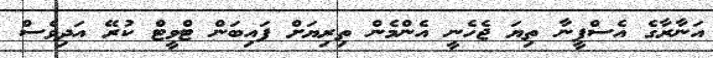
އަނާރާގެ އެސްފީނާ ތިޔަ ޖެހެނީ އެންމެން ތިރިޔަށް ފައިބަން ޓްވީޓް ކުރޭ އަދިވެސް